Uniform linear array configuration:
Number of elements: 24
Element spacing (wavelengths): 0.25
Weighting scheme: blackman
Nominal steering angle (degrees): -60
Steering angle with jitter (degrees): -58.381
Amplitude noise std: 0.05
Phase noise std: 0.05

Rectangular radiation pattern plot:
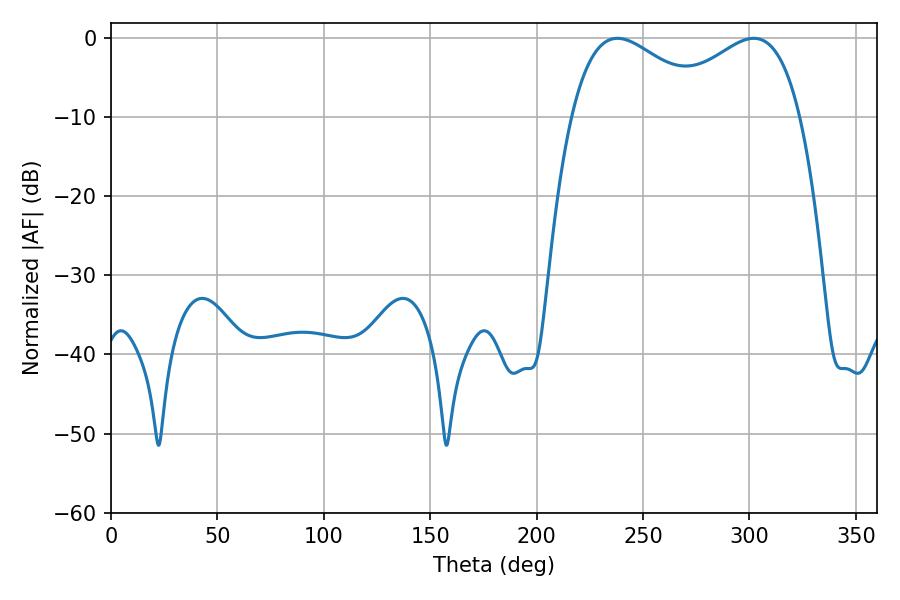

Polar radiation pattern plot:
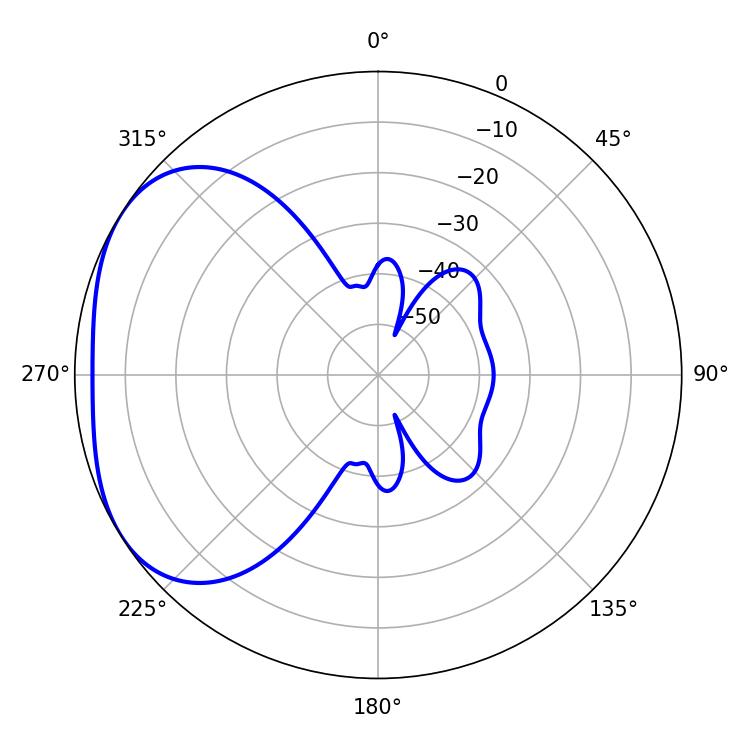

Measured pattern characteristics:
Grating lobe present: FALSE
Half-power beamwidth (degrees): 36.36
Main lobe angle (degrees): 302.04